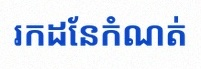
រកដែនកំណត់